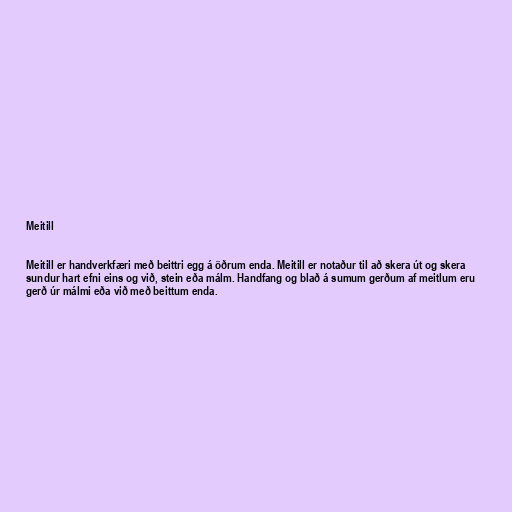
Meitill

Meitill er handverkfæri með beittri egg á öðrum enda. Meitill er notaður til að skera út og skera
sundur hart efni eins og við, stein eða málm. Handfang og blað á sumum gerðum af meitlum eru
gerð úr málmi eða við með beittum enda.